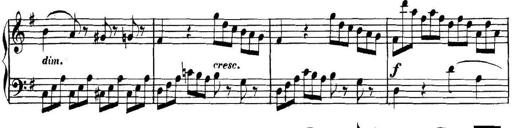
Title: Collected Piano Sonatas
Composer: Muzio Clementi